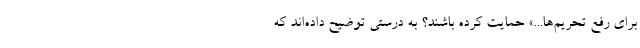
برای رفع تحریم‌ها...» حمایت کرده باشند؟ به درستی توضیح داده‌اند که